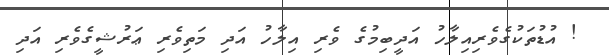
! އުޑުތަކުގެވެރިއިލާހު އަދީބިމުގެ ވެރި އިލާހު އަދި މަތިވެރި ޢަރުޝީގެވެރި އަދި